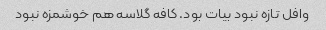
وافل‌ تازه نبود بیات بود. کافه گلاسه هم خوشمزه نبود